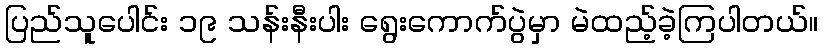
ပြည်သူပေါင်း ၁၉ သန်းနီးပါး ရွေးကောက်ပွဲမှာ မဲထည့်ခဲ့ကြပါတယ်။